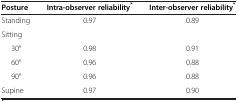
| Posture | Intra-observer reliability* | Inter-observer reliability* |
 | --- | --- | --- |
 | Standing | 0.97 | 0.89 |
 | Sitting |  |  |
 | 30° | 0.98 | 0.91 |
 | 60° | 0.96 | 0.88 |
 | 90° | 0.96 | 0.88 |
 | Supine | 0.97 | 0.90 |